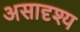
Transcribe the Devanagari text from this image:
असादृश्य